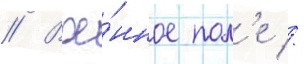
// Вое́нное пол'е //